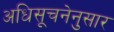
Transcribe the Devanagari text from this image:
अधिसूचनेनुसार